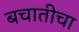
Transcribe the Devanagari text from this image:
बचातीचा